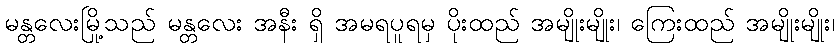
မန္တလေးမြို့သည် မန္တလေး အနီး ရှိ အမရပူရမှ ပိုးထည် အမျိုးမျိုး၊ ကြေးထည် အမျိုးမျိုး၊